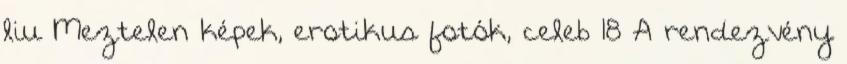
liu Meztelen képek, erotikus fotók, celeb 18 A rendezvény